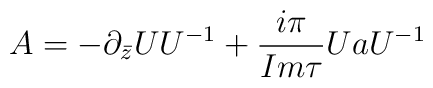
A=-\partial_{\bar{z}}U U^{-1}+{i\pi\over Im\tau}Ua U^{-1}